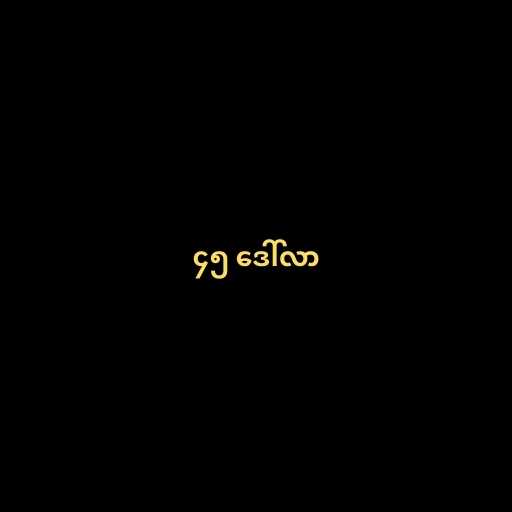
၄၅ ဒေါ်လာ